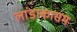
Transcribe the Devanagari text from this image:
लांडाकासम